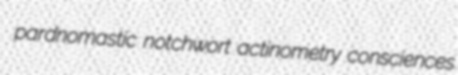
pardnomastic notchwort actinometry consciences